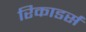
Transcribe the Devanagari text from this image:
रिकाडर्स